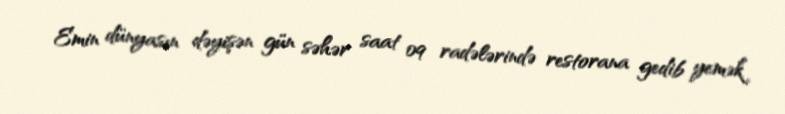
Emin dünyasın dəyişən gün səhər saat 09 radələrində restorana gedib yemək